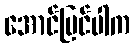
အောင်မြင်ပါက